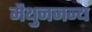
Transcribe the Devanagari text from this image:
मैथुनजन्य